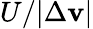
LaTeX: U/|\Delta\mathbf{v}|